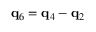
{ \bf q } _ { 6 } = { \bf q } _ { 4 } - { \bf q } _ { 2 }